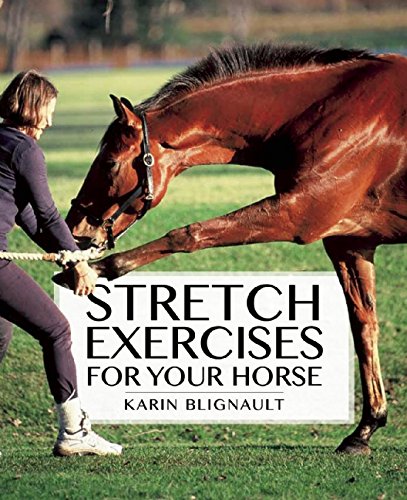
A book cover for Stretch Exercises for Your Horse: The Path to Perfect Suppleness; Karen Blignault; Crafts, Hobbies & Home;